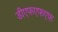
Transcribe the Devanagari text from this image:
डीएफएफएफ